Annual administration and progress report of the Indian Medical Department, Bombay
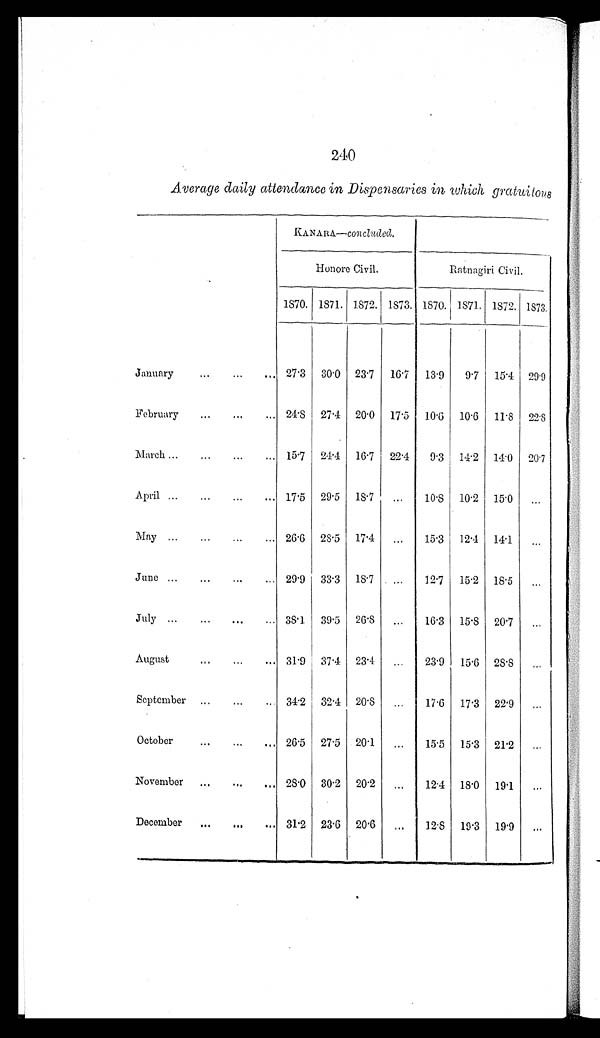
240
Average daily attendance in Dispensaries in which gratuitous
KANARA—concluded.
Honore Civil.
Ratnagiri Civil.
1870. 1871. 1872. 1873. 1870. 1871. 1872. 1873.
January
...
...
... 27.3 30.0 23.7 16.7 13.9
9.7 15.4 29.9
February
...
...
... 24.8 27.4 20.0 17.5 10.6 10.6 11.8 22.8
March ...
...
... 15.7 24.4 16.7 22.4
9.3 14.2 14.0 20.7
April ...
...
...
... 17.5 29.5 18.7
...
10.8 10.2 15.0 ...
May ...
...
... 26.6 28.5 17.4
...
15.3 12.4 14.1
. . .
June ...
...
...
... 29.9 33.3 18.7
...
12.7 15.2 18.5 ...
July ...
....
... 38.1 39.5 26.8 ...
16.3 15.8 20.7 ...
August
...
...
... 31.9 37.4 23.4 ...
23.9 15.6 28.8...
September
...
... 34.2 32.4 20.8 ...
17.6 17.3 22.9
...
October
...
...
... 26.5 27.5 20.1
...
15.5 15.3 21.2
...
November ... ...
. . . 28.0 30.2 20.2
...
12.4 18.0 19.1
...
December
...
...
... 31.2 23.6 20.6
...
12.8
19.3 19.9
. . .